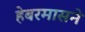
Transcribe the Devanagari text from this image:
हेबरमासने